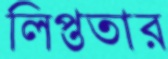
লিপ্ততার